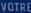
VOTRE